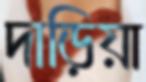
দাড়িয়া